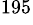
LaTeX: ^{195}